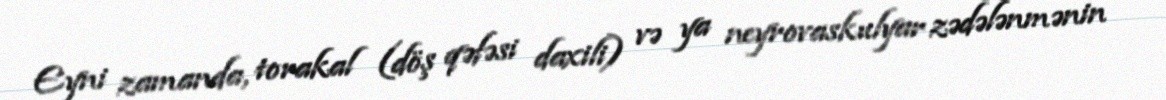
Eyni zamanda, torakal (döş qəfəsi daxili) və ya neyrovaskulyar zədələnmənin